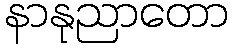
နာနုညာတော